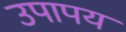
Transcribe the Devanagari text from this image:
उपापय